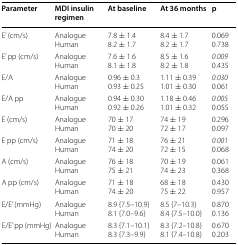
| Parameter | MDI insulin regimen | At baseline | At 36 months | p |
 | --- | --- | --- | --- | --- |
 | E’ (cm/s) | Analogue Human | 7.8 ± 1.4 8.2 ± 1.7 | 8.4 ± 1.7 8.2 ± 1.7 | 0.069 0.738 |
 | E’ pp (cm/s) | Analogue Human | 7.6 ± 1.6 8.1 ± 1.8 | 8.5 ± 1.6 8.2 ± 1.8 | 0.009 0.435 |
 | E/A | Analogue Human | 0.96 ± 0.3 0.93 ± 0.25 | 1.11 ± 0.39 1.01 ± 0.30 | 0.030 0.061 |
 | E/A pp | Analogue Human | 0.94 ± 0.30 0.92 ± 0.26 | 1.18 ± 0.46 1.01 ± 0.32 | 0.005 0.055 |
 | E (cm/s) | Analogue Human | 70 ± 17 70 ± 20 | 74 ± 19 72 ± 17 | 0.2960.097 |
 | E pp (cm/s) | Analogue Human | 71 ± 18 74 ± 20 | 76 ± 21 72 ± 15 | 0.001 0.068 |
 | A (cm/s) | Analogue Human | 76 ± 18 75 ± 21 | 70 ± 19 74 ± 23 | 0.061 0.368 |
 | A pp (cm/s) | Analogue Human | 71 ± 18 74 ± 20 | 68 ± 18 75 ± 22 | 0.430 0.957 |
 | E/E’ (mmHg) | Analogue Human | 8.9 {7.5–10.9} 8.1 {7.0–9.6} | 8.5 {7–10.3} 8.4 {7.5–10.0} | 0.870 0.136 |
 | E/E’ pp (mmHg) | Analogue Human | 8.3 {7.1–10.1} 8.3 {7.3–9.9} | 8.3 {7.2–10.8} 8.1 {7.4–10.8} | 0.670 0.203 |